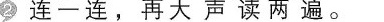
②连一连，再大声读两遍。